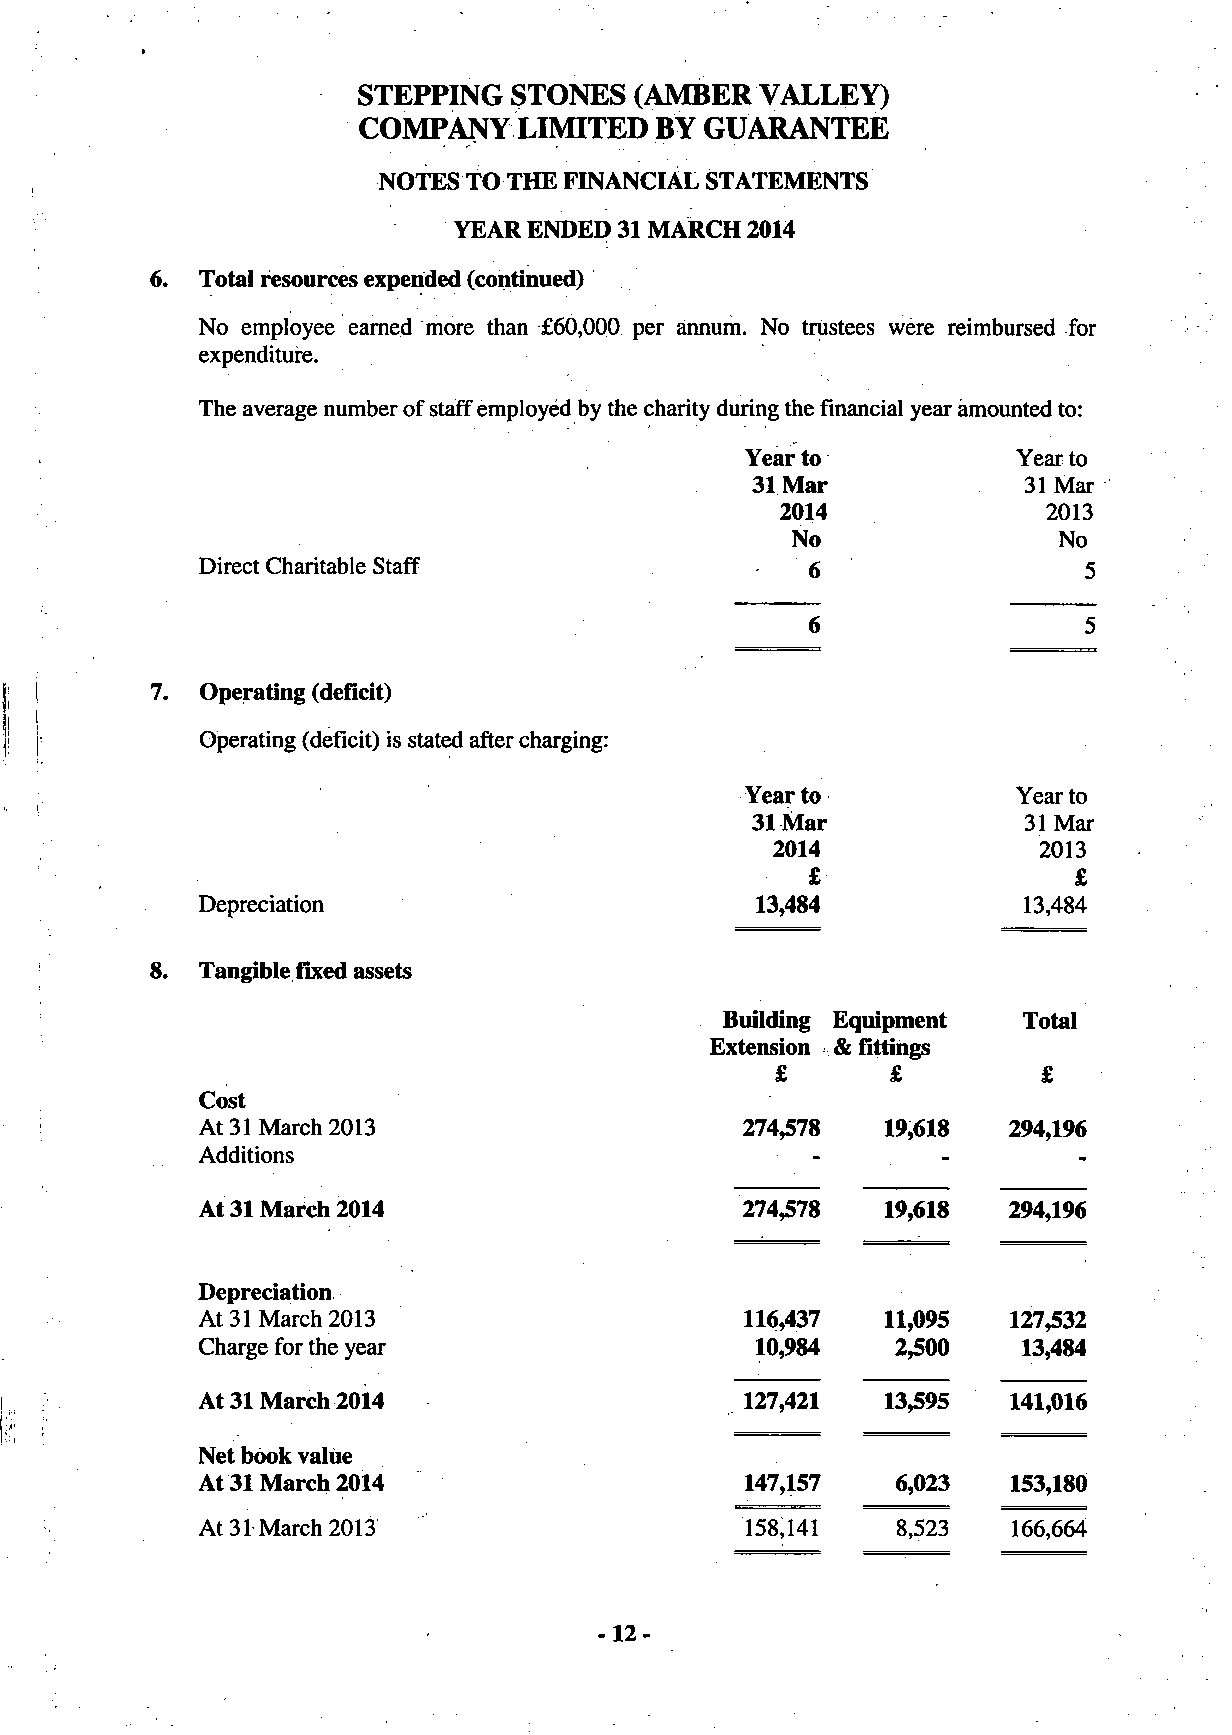
STEPPING  STONES  (AMBER  VALLEY)
 COMPANY   LIMITED  BY  GUARANTEE
 NOTES TO THE FINANCIAL STATEMENTS
 YEAR ENDED 31 MARCH 2014
 Total resources expended (continued)
 No employee earned more than £60,000 per annum. No trustees were reimbursed for
 expenditure.
 The average number of staff employed by the charity during the financial year amounted to:
 Year to           Year to
 31 Mar            31 Mar
 2014             2013
 No                No
 Direct Charitable Staff                 6                  5
 Operating (deficit)
 Operating (deficit) is stated after charging:
 Year to           Year to
 31 Mar            31 Mar
 2014              2013
 £                 £
 Depreciation                         13,484            13,484
 Tangible fixed assets
 Building Equipment  Total
 Extension & fittings
 £
 Cost
 At 31 March 2013                    274,578   19,618  294,196
 Additions
 At 31 March 2014                    274,578   19,618  294,196
 Depreciation
 At 31 March 2013                    116,437   11,095  127,532
 Charge for the year                  10,984   2,500    13,484
 At 31 March 2014                    127,421   13,595  141,016
 Net book value
 At 31 March 2014                    147,157   6,023   153,180
 At 31 March 2013                    158,141   8,523   166,664
 -12-